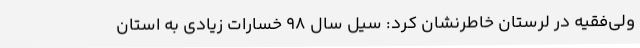
ولی‌فقیه در لرستان خاطرنشان کرد: سیل سال 98 خسارات زیادی به استان